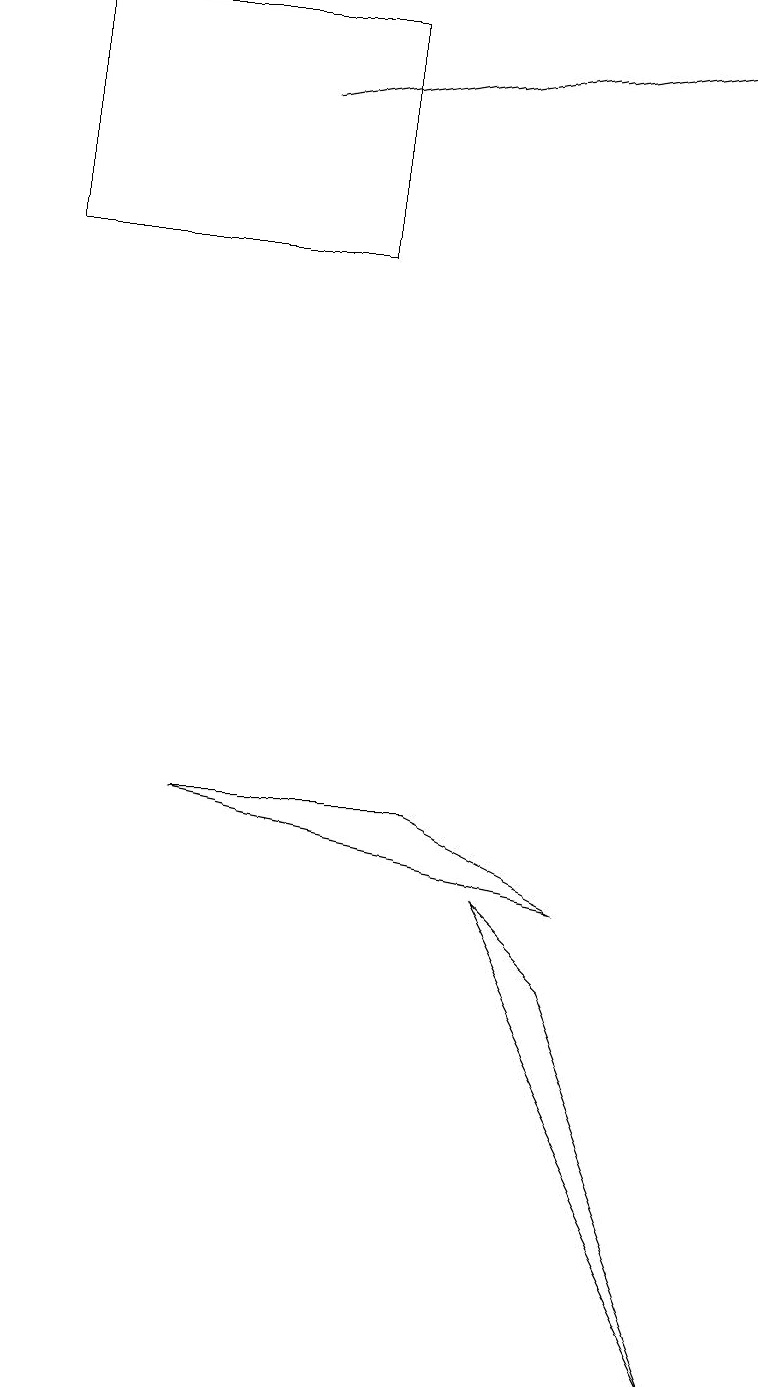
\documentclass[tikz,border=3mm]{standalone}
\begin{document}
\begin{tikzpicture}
\draw (0,14) rectangle (4,17);
\draw (6,6) -- (7,5) -- (9,0) -- cycle;
\draw[->] (3,16) -- (9,17);
\draw (7,6) -- (2,7) -- (5,7) -- cycle;
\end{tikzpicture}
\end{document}